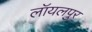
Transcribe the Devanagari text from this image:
लॉयलपुर